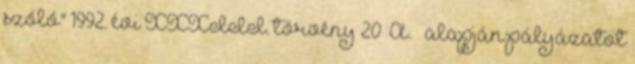
szóló" 1992. évi XXXIII. törvény 20 A. § alapján pályázatot